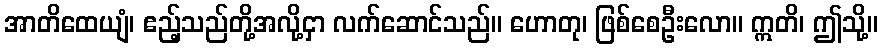
အာတိထေယျံ၊ ဧည့်သည်တို့အလို့ငှာ လက်ဆောင်သည်။ ဟောတု၊ ဖြစ်စေဦးလော။ ဣတိ၊ ဤသို့။